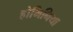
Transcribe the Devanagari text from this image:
होमिनिया